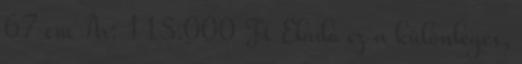
67 cm Ár: 115.000 Ft Eladó ez a különleges,